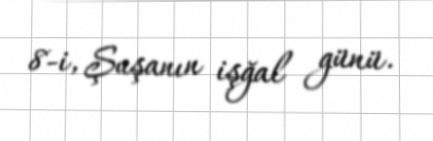
8-i, Şuşanın işğal günü.